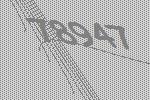
78947